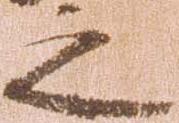
之